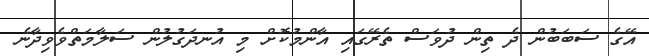
އޭގެ ސަބަބުން ދެ ތިން ދުވަސް ތެރޭގައި އާންމުކޮށް މި އުނދަގުލުން ސަލާމަތްވެވިދާނެ